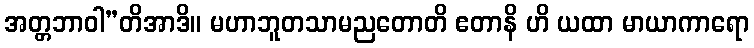
အတ္တဘာဝါ”တိအာဒိ။ မဟာဘူတသာမညတောတိ ဧတာနိ ဟိ ယထာ မာယာကာရော